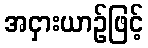
အငှားယာဉ်ဖြင့်